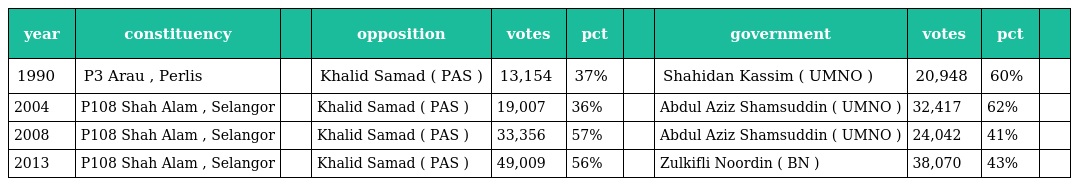
| year | constituency |  | opposition | votes | pct |  | government | votes | pct |  |
 | --- | --- | --- | --- | --- | --- | --- | --- | --- | --- | --- |
 | 1990 | P3 Arau , Perlis |  | Khalid Samad ( PAS ) | 13,154 | 37% |  | Shahidan Kassim ( UMNO ) | 20,948 | 60% |  |
 | 2004 | P108 Shah Alam , Selangor |  | Khalid Samad ( PAS ) | 19,007 | 36% |  | Abdul Aziz Shamsuddin ( UMNO ) | 32,417 | 62% |  |
 | 2008 | P108 Shah Alam , Selangor |  | Khalid Samad ( PAS ) | 33,356 | 57% |  | Abdul Aziz Shamsuddin ( UMNO ) | 24,042 | 41% |  |
 | 2013 | P108 Shah Alam , Selangor |  | Khalid Samad ( PAS ) | 49,009 | 56% |  | Zulkifli Noordin ( BN ) | 38,070 | 43% |  |